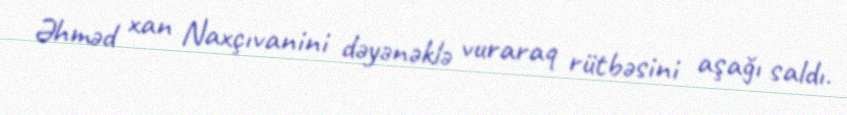
Əhməd xan Naxçıvanini dəyənəklə vuraraq rütbəsini aşağı saldı.